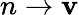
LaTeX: n\rightarrow\mathbf{v}